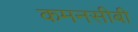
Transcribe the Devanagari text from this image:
कमनसीबी